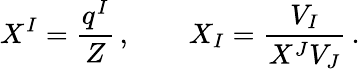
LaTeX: X^{I}=\frac{q^{I}}{Z}\, ,\qquad X_{I}=\frac{V_{I}}{X^{J}V_{J}}\, .